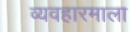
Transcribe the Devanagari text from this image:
व्यवहारमाला